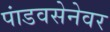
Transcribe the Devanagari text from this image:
पांडवसेनेवर